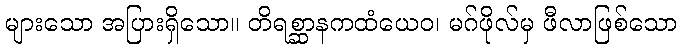
များသော အပြားရှိသော။ တိရစ္ဆာနကထံယေဝ၊ မဂ်ဖိုလ်မှ ဖီလာဖြစ်သော